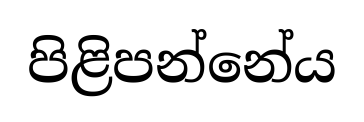
පිළිපන්නේය